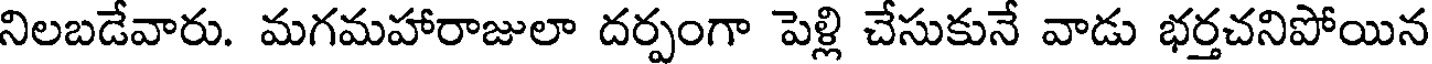
నిలబడేవారు. మగమహారాజులా దర్పంగా పెళ్లి చేసుకునే వాడు భర్తచనిపోయిన